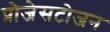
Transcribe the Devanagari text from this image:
प्रोजेसटोजन